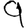
Digit: 9